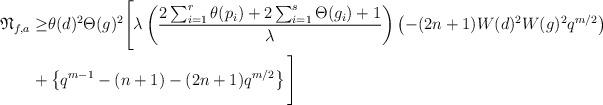
LaTeX: \begin{align*}\mathfrak{N}_{f,a} \geq&\theta(d)^2\Theta(g)^2\Bigg[\lambda \left(\frac{2 \sum_{i=1}^{r}\theta(p_i)+2 \sum_{i=1}^{s}\Theta(g_i)+1}{\lambda}\right)\left(-(2n+1)W(d)^2W(g)^2q^{m/2}\right) \\ +& \left\{q^{m-1}-(n+1)-(2n+1)q^{m/2}\right\}\Bigg]\end{align*}